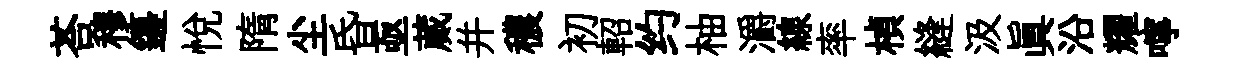
荅穆籩悦隋尘昏亟蕆并穠初軺约柚灂線率楨縫汲眞沿耀嚀